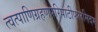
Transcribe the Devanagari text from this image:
त्वत्पाणिग्रहणपरिपाटीफलमिदम्